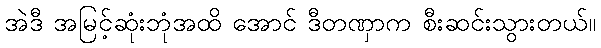
အဲဒီ အမြင့်ဆုံးဘုံအထိ အောင် ဒီတဏှာက စီးဆင်းသွားတယ်။